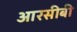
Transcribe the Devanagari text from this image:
आरसीबी